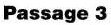
Passage 3